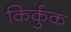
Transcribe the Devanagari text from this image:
किर्कुक